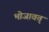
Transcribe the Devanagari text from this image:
भोजावत्